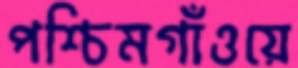
পশ্চিমগাঁওয়ে